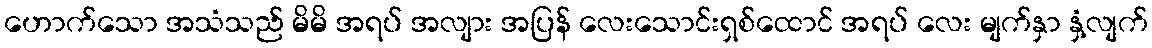
ဟောက်သော အသံသည် မိမိ အရပ် အလျား အပြန် လေးသောင်းရှစ်ထောင် အရပ် လေး မျက်နှာ နှံ့လျက်